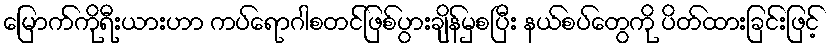
မြောက်ကိုရီးယားဟာ ကပ်ရောဂါစတင်ဖြစ်ပွားချိန်မှစပြီး နယ်စပ်တွေကို ပိတ်ထားခြင်းဖြင့်